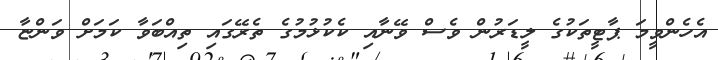
އެހެންވީމަ ޕާޓީތަކުގެ ލީޑަރުން ވެސް ވޭނާއި ކެކުޅުމުގެ ތެރޭގައި ތިއްބަވާ ކަމަށް ވަންޏާ